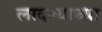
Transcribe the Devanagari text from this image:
लादण्याच्या